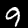
Label: 9